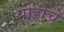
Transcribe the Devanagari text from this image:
पोहोचे